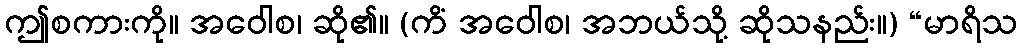
ဤစကားကို။ အဝေါစ၊ ဆို၏။ (ကိံ အဝေါစ၊ အဘယ်သို့ ဆိုသနည်း။) “မာရိသ